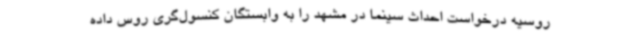
روسیه درخواست احداث سینما در مشهد را به وابستگان کنسول‌گری روس داده